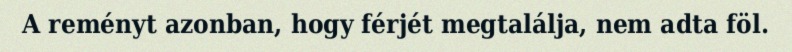
A reményt azonban, hogy férjét megtalálja, nem adta föl.